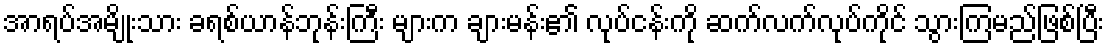
အာရပ်အမျိုးသား ခရစ်ယာန်ဘုန်းကြီး များက ချားမန်း၏ လုပ်ငန်းကို ဆက်လက်လုပ်ကိုင် သွားကြမည်ဖြစ်ပြီး